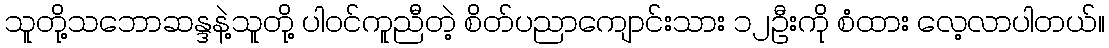
သူတို့သဘောဆန္ဒနဲ့သူတို့ ပါဝင်ကူညီတဲ့ စိတ်ပညာကျောင်းသား ၁၂ဦးကို စံထား လေ့လာပါတယ်။